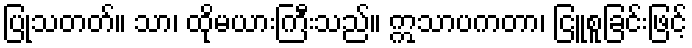
ပြုသတတ်။ သာ၊ ထိုမယားကြီးသည်။ ဣသာပကတာ၊ ငြူစူခြင်းဖြင့်